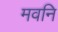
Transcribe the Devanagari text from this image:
मवनि